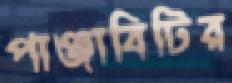
পাঞ্জাবিটির